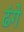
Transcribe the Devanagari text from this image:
ढंगे